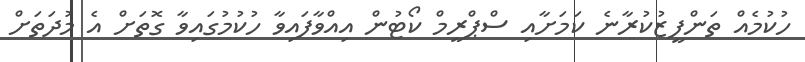
ހުކުމެއް ތަންފީޒުކުރާނެ ކަމަށާއި ސްޕްރީމް ކޯޓުން އިއްވާފައިވާ ހުކުމުގައިވާ ގޮތަށް އެ މުދަތަށް